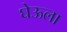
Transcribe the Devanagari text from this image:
घेऊला